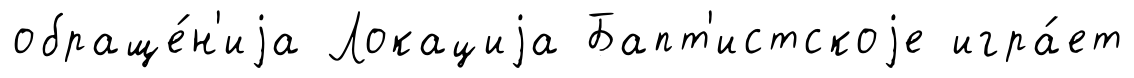
обраще́н'иjа Локациjа Бапт'истскоjе игра́ет